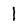
Character: 1